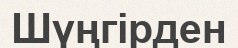
Шүңгірден